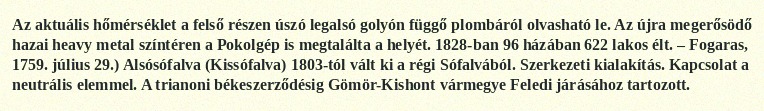
Az aktuális hőmérséklet a felső részen úszó legalsó golyón függő plombáról olvasható le. Az újra megerősödő hazai heavy metal színtéren a Pokolgép is megtalálta a helyét. 1828-ban 96 házában 622 lakos élt. – Fogaras, 1759. július 29.) Alsósófalva (Kissófalva) 1803-tól vált ki a régi Sófalvából. Szerkezeti kialakítás. Kapcsolat a neutrális elemmel. A trianoni békeszerződésig Gömör-Kishont vármegye Feledi járásához tartozott.